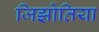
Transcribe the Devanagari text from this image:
जिझोतिया